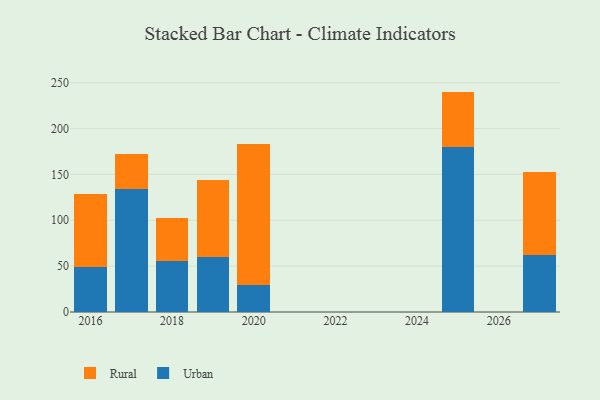
{"axis": {"x": "Year", "y": "Waste Production (Tons)"}, "legend": ["Rural", "Urban"], "data": [{"x": "2018", "y": 56.0, "type": "Urban"}, {"x": "2018", "y": 46.0, "type": "Rural"}, {"x": "2020", "y": 29.6, "type": "Urban"}, {"x": "2020", "y": 153.8, "type": "Rural"}, {"x": "2027", "y": 62.1, "type": "Urban"}, {"x": "2027", "y": 90.2, "type": "Rural"}, {"x": "2017", "y": 134.4, "type": "Urban"}, {"x": "2017", "y": 37.5, "type": "Rural"}, {"x": "2019", "y": 59.6, "type": "Urban"}, {"x": "2019", "y": 84.4, "type": "Rural"}, {"x": "2016", "y": 49.4, "type": "Urban"}, {"x": "2016", "y": 79.7, "type": "Rural"}, {"x": "2025", "y": 179.9, "type": "Urban"}, {"x": "2025", "y": 60.4, "type": "Rural"}]}